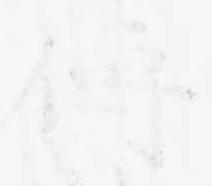
傳